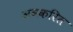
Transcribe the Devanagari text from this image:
अवकरित